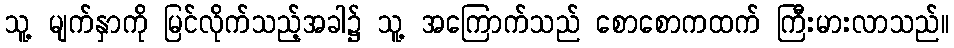
သူ့ မျက်နှာကို မြင်လိုက်သည့်အခါ၌ သူ့ အကြောက်သည် စောစောကထက် ကြီးမားလာသည်။